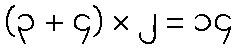
(၃ + ၄) × ၂ = ၁၄